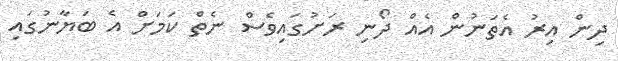
ދިން އިރު އެތަނުން އެއް ދޯނި ރަށުގައިވެސް ނެތް ކަމަށް އެ ބަޔާނުގައި